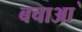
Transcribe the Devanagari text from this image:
बचाआ॓